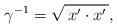
LaTeX: \begin{align*}\gamma^{-1}=\sqrt{\,x^{\prime}\cdot x^{\prime}\,}, \end{align*}